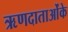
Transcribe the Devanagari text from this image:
ऋणदाताओंके